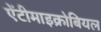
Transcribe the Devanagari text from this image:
ऐंटीमाइक्रोबियल